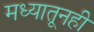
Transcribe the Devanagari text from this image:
मध्यातूनही